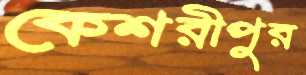
কেশরীপুর